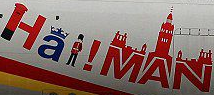
Hai!Man